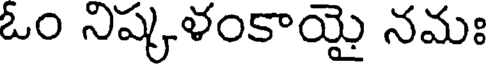
ఓం నిష్కళంకాయై నమః